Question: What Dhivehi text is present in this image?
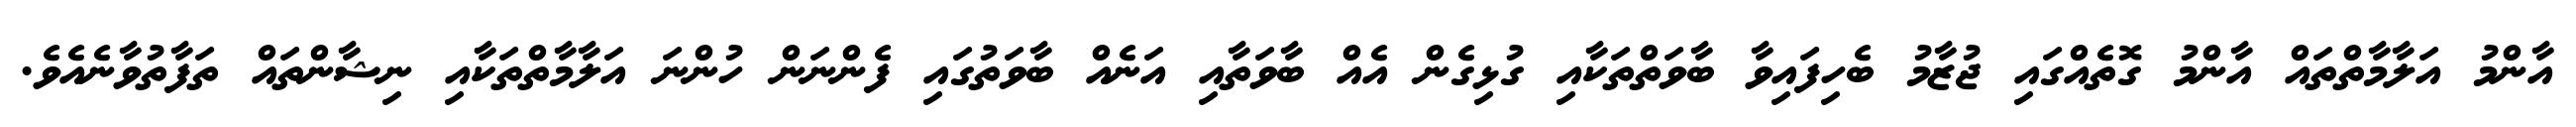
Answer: އާންމު އަލާމާތްތައް އާންމު ގޮތެއްގައި ޖުޒާމު ބެހިފައިވާ ބާވަތްތަކާއި ގުޅިގެން އެއް ބާވަތާއި އަނެއް ބާވަތުގައި ފެންނަން ހުންނަ އަލާމާތްތަކާއި ނިޝާންތައް ތަފާތުވާނެއެވެ.